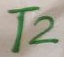
Text: T2